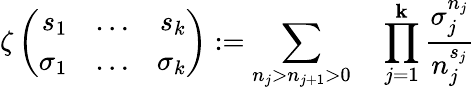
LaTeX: \zeta\left(\begin{array}{rcr}{{s_{1}}}&{{\ldots}}&{{s_{k}}}\\ {{\sigma_{1}}}&{{\ldots}}&{{\sigma_{k}}}\end{array}\right):=\sum_{n_{j}>n_{j+1}>0}\quad\prod_{j=1}^{\mathbf{k}}\frac{{\sigma_{j}^{n_{j}}}}{{n_{j}^{s_{j}}}}